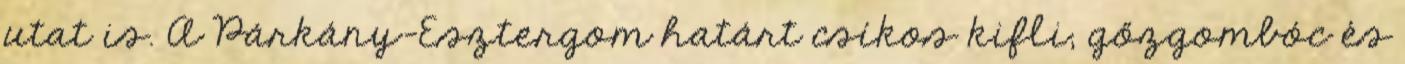
utat is. A Párkány-Esztergom határt csíkos kifli, gőzgombóc és